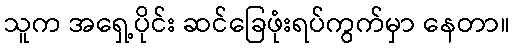
သူက အရှေ့ပိုင်း ဆင်ခြေဖုံးရပ်ကွက်မှာ နေတာ။